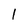
Character: l